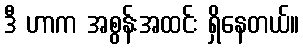
ဒီ ဟာက အစွန်းအထင်း ရှိနေတယ်။